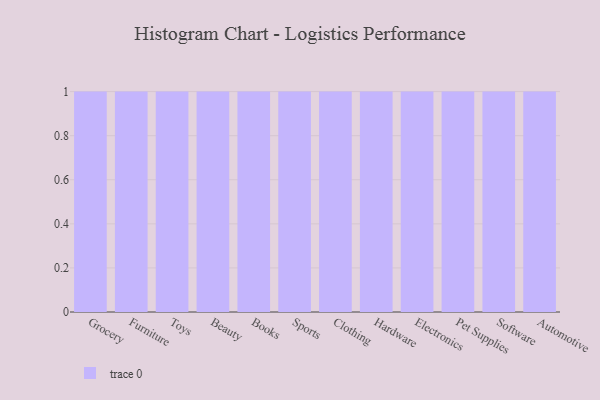
{"axis": {"x": "Category", "y": "Inventory Turnover"}, "legend": [""], "data": [{"x": "Grocery", "y": 14, "type": ""}, {"x": "Furniture", "y": 31, "type": ""}, {"x": "Toys", "y": 20, "type": ""}, {"x": "Beauty", "y": 7, "type": ""}, {"x": "Books", "y": 64, "type": ""}, {"x": "Sports", "y": 69, "type": ""}, {"x": "Clothing", "y": 61, "type": ""}, {"x": "Hardware", "y": 60, "type": ""}, {"x": "Electronics", "y": 62, "type": ""}, {"x": "Pet Supplies", "y": 95, "type": ""}, {"x": "Software", "y": 60, "type": ""}, {"x": "Automotive", "y": 83, "type": ""}]}